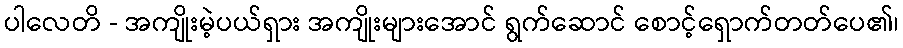
ပါလေတိ - အကျိုးမဲ့ပယ်ရှား အကျိုးများအောင် ရွက်ဆောင် စောင့်ရှောက်တတ်ပေ၏၊